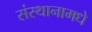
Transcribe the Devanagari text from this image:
संस्थानामधे